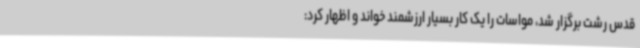
قدس رشت برگزار شد، مواسات را یک کار بسیار ارزشمند خواند و اظهار کرد: